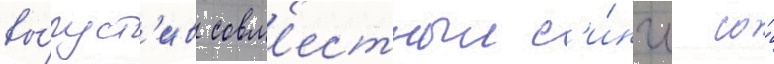
вы́пуст'ив совм'естныи с'и́нгл со́